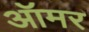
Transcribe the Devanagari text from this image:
ऑमर